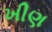
ખીણ